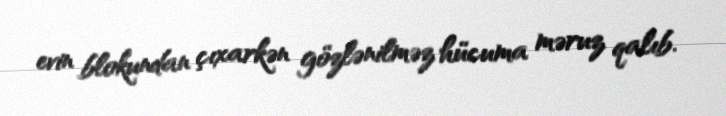
evin blokundan çıxarkən gözlənilməz hücuma məruz qalıb.